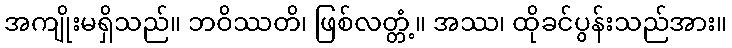
အကျိုးမရှိသည်။ ဘဝိဿတိ၊ ဖြစ်လတ္တံ့။ အဿ၊ ထိုခင်ပွန်းသည်အား။